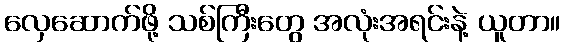
လှေဆောက်ဖို့ သစ်ကြီးတွေ အလုံးအရင်းနဲ့ ယူတာ။